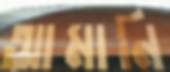
আমানি